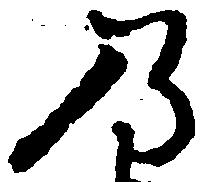
乃